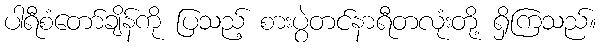
ပါရီစံတော်ချိန်ကို ပြသည့် စားပွဲတင်နာရီတလုံးတို့ ရှိကြသည်။